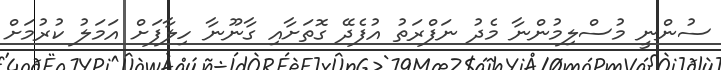
ސުންނީ މުސްލިމުންނާ މެދު ނަފްރަތު އުފެދޭ ގޮތަށާއި ގާނޫނާ ހިލާފަށް އަމަލު ކުރުމަށް